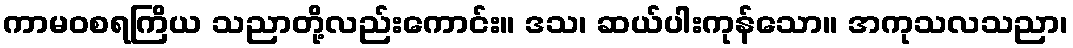
ကာမဝစရကြိယ သညာတို့လည်းကောင်း။ ဒသ၊ ဆယ်ပါးကုန်သော။ အကုသလသညာ၊